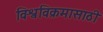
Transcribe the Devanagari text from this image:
विश्वविक्रमासाठी